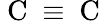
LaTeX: \mathrm{~C~}\equiv\mathrm{~C~}